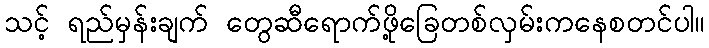
သင့် ရည်မှန်းချက် တွေဆီရောက်ဖို့ခြေတစ်လှမ်းကနေစတင်ပါ။